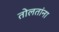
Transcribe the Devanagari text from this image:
तोलतांना